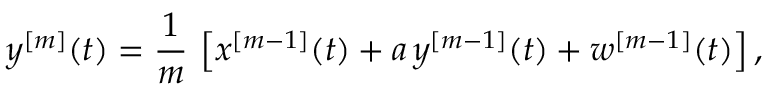
y ^ { [ m ] } ( t ) = \frac { 1 } { m } \, \left[ x ^ { [ m - 1 ] } ( t ) + a \, y ^ { [ m - 1 ] } ( t ) + w ^ { [ m - 1 ] } ( t ) \right] ,